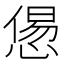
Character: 𢞫